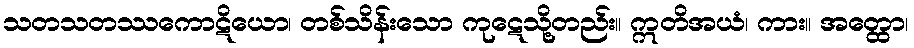
သတသတဿကောဋိယော၊ တစ်သိန်းသော ကုဋေသို့တည်း။ ဣတိအယံ၊ ကား။ အတ္ထော၊